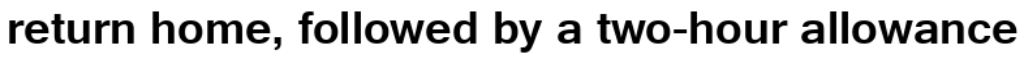
return home, followed by a two-hour allowance